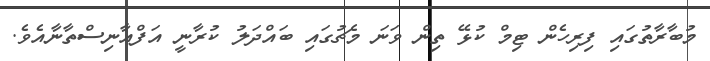
މުބާރާތުގައި ފިރިހެން ޓިމް ކުޅޭ ތިން ވަނަ މެޗުގައި ބައްދަލު ކުރާނީ އަފްއާނިސްތާނާއެވެ.